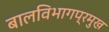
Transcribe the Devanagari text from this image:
बालविभागप्रमुख